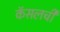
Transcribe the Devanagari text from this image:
कॅसलची